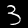
Digit: 3